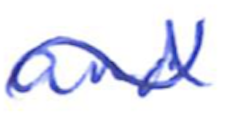
Text: and
Cross-out: wave
Writing tool: ballpoint